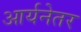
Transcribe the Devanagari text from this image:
आर्यनेतर